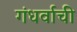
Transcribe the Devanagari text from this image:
गंधर्वाची